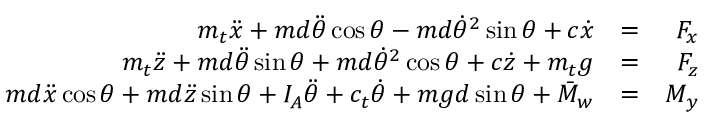
\begin{array} { r l r } { m _ { t } \ddot { x } + m d \ddot { \theta } \cos \theta - m d \dot { \theta } ^ { 2 } \sin \theta + c \dot { x } } & { = } & { F _ { x } } \\ { m _ { t } \ddot { z } + m d \ddot { \theta } \sin \theta + m d \dot { \theta } ^ { 2 } \cos \theta + c \dot { z } + m _ { t } g } & { = } & { F _ { z } } \\ { m d \ddot { x } \cos \theta + m d \ddot { z } \sin \theta + I _ { A } \ddot { \theta } + c _ { t } \dot { \theta } + m g d \sin \theta + \bar { M } _ { w } } & { = } & { M _ { y } } \end{array}